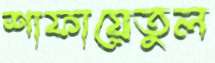
শাফায়েতুল